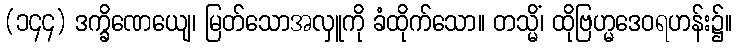
(၁၄၄) ဒက္ခိဏေယျေ၊ မြတ်သောအလှူကို ခံထိုက်သော။ တသ္မိံ၊ ထိုဗြဟ္မဒေဝရဟန်း၌။